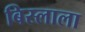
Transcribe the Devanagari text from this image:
बिस्लाला